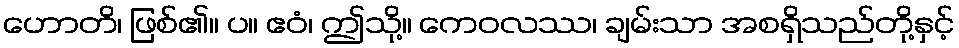
ဟောတိ၊ ဖြစ်၏။ ပ။ ဧဝံ၊ ဤသို့။ ကေဝလဿ၊ ချမ်းသာ အစရှိသည်တို့နှင့်